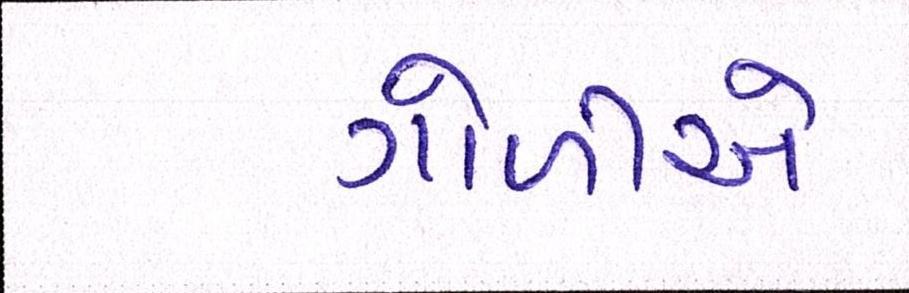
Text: ગોળીએ